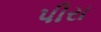
પીરા